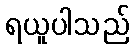
ရယူပါသည်